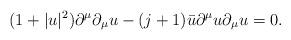
LaTeX: \begin{align*}(1+|u|^2)\partial^{\mu}\partial_{\mu}u -(j+1)\bar{u}\partial^{\mu}u\partial_{\mu}u =0.\end{align*}